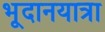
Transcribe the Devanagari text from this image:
भूदानयात्रा